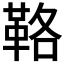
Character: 𩊚